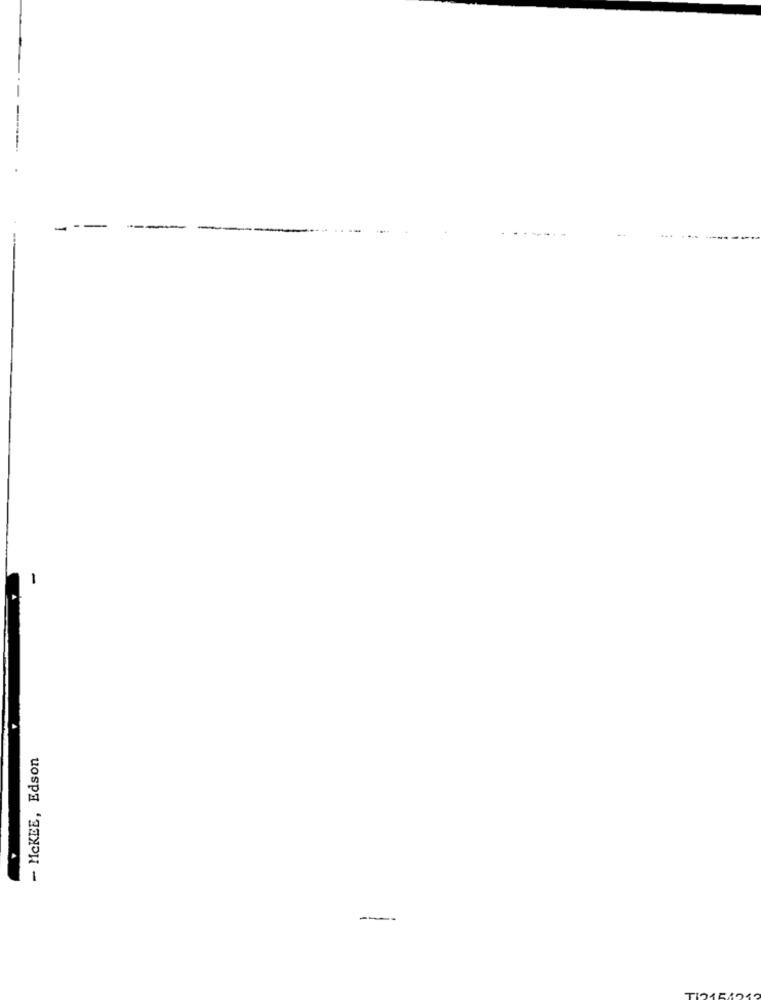
- McKEE, Edson